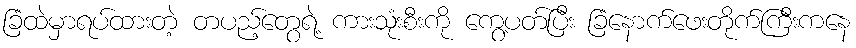
ခြံထဲမှာရပ်ထားတဲ့ တပည့်တွေရဲ့ ကားသုံးစီးကို ကွေ့ပတ်ပြီး ခြံနောက်ဖေးတိုက်ကြီးကနေ